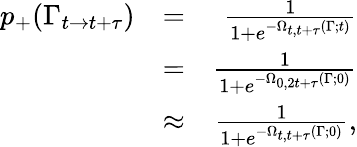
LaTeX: \begin{array}{rlr}{p_{+}(\Gamma_{t\rightarrow t+\tau})}&{=}&{\frac{1}{1+e^{-\Omega_{t,t+\tau}(\Gamma;t)}}}\\ &{=}&{\frac{1}{1+e^{-\Omega_{0,2t+\tau}(\Gamma;0)}}}\\ &{\approx}&{\frac{1}{1+e^{-\Omega_{t,t+\tau}(\Gamma;0)}},}\end{array}